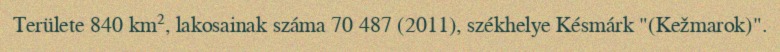
Területe 840 km², lakosainak száma 70 487 (2011), székhelye Késmárk "(Kežmarok)".